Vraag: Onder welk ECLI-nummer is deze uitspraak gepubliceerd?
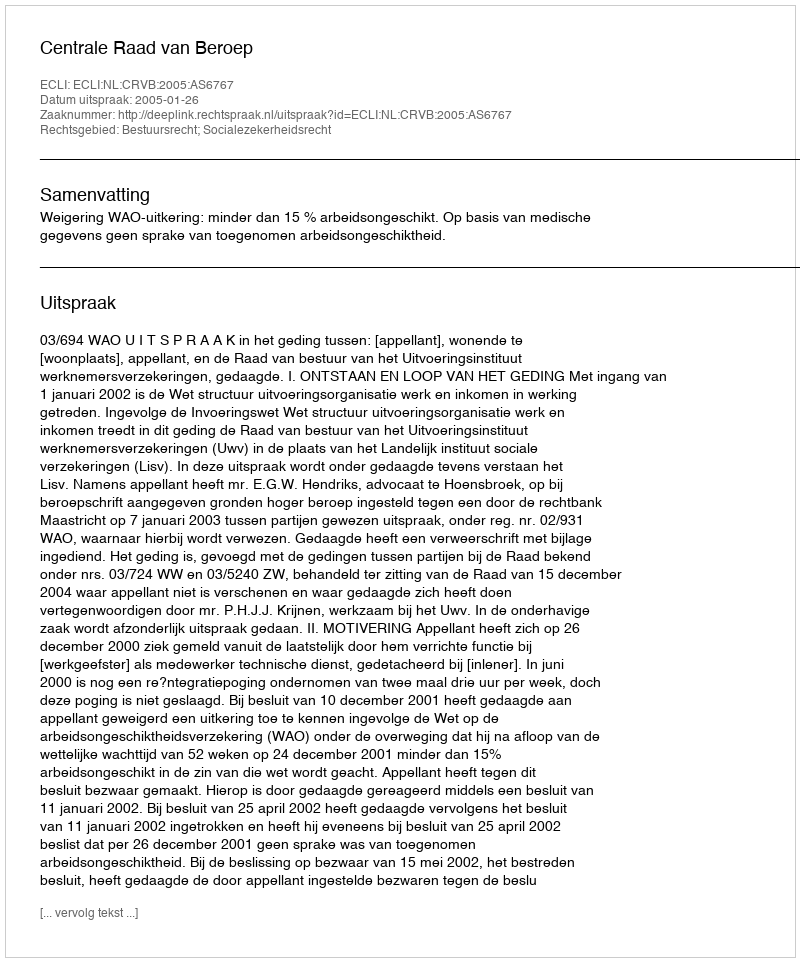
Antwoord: ECLI:NL:CRVB:2005:AS6767